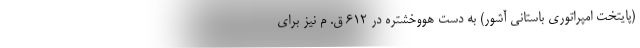
(پایتخت امپراتوری باستانی آشور) به دست هووخشتره در ۶۱۲ ق. م نیز برای